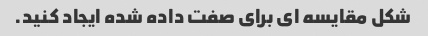
شکل مقایسه ای برای صفت داده شده ایجاد کنید.